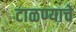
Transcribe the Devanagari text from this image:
टाळण्याचे